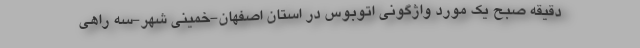
دقیقه صبح یک مورد واژگونی اتوبوس در استان اصفهان-خمینی شهر-سه راهی